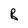
Character: B